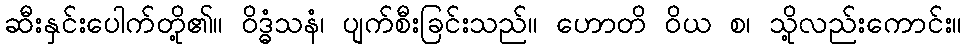
ဆီးနှင်းပေါက်တို့၏။ ဝိဒ္ဓံသနံ၊ ပျက်စီးခြင်းသည်။ ဟောတိ ဝိယ စ၊ သို့လည်းကောင်း။